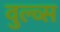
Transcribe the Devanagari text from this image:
वुल्व्स